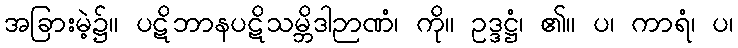
အခြားမဲ့၌။ ပဋိဘာနပဋိသမ္ဘိဒါဉာဏံ၊ ကို။ ဥဒ္ဒဋ္ဌံ၊ ၏။ ပ၊ ကာရံ၊ ပ၊